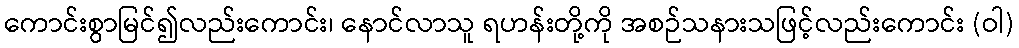
ကောင်းစွာမြင်၍လည်းကောင်း၊ နောင်လာသူ ရဟန်းတို့ကို အစဉ်သနားသဖြင့်လည်းကောင်း (ဝါ)